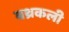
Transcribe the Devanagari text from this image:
बथ्रकली